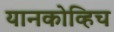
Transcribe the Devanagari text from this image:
यानकोव्हिच